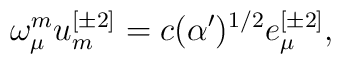
\omega ^{{ m}}_{\mu } u^{{ [\pm 2]}}_{{ m}} =c (\alpha ')^{{ 1/2}}e^{{ [\pm 2]}}_{\mu },